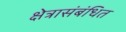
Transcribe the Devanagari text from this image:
क्षेत्रासंबंधित